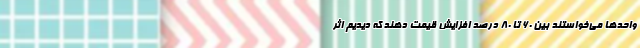
واحدها می‌خواستند بین 60 تا 80 درصد افزایش قیمت دهند که دیدیم اثر